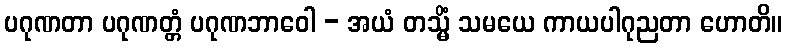
ပဂုဏတာ ပဂုဏတ္တံ ပဂုဏဘာဝေါ - အယံ တသ္မိံ သမယေ ကာယပါဂုညတာ ဟောတိ။